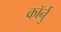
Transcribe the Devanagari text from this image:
कॉर्नु